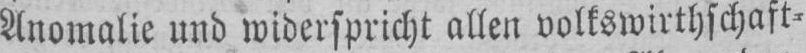
Anomalie und widerspricht allen volkswirtschaft⸗